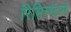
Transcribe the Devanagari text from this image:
रिमिन्ग्टन